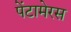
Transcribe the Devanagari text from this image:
पेंटामेरस